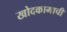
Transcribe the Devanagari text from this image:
खोदकामाची